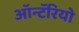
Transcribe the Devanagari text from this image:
ऑन्टॅरियो